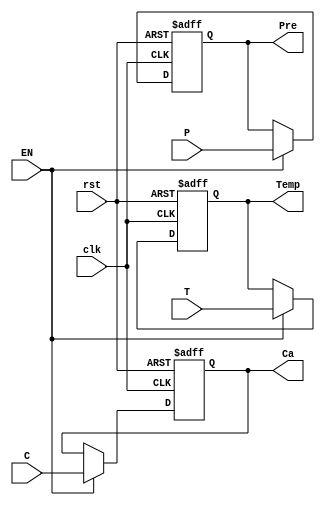
`timescale 1ns / 1ps
//////////////////////////////////////////////////////////////////////////////////
// Company: Instituto Tecnologico de Costa Rica
// 
// Design Name: 
// Module Name:    Reg_In 
// Project Name: 
// Target Devices: 
// Tool versions: 
// Description: 
//
// Dependencies: 
//
// Revision: 
// Revision 0.01 - File Created
// Additional Comments: 
//
//////////////////////////////////////////////////////////////////////////////////
module Reg_In(input wire [4:0] T,
		input wire C,
		input wire P,
		input wire EN,
		input wire rst,
		input wire clk,
		output reg [4:0] Temp,
		output reg Ca,
		output reg Pre
    );
//BODY
always @(posedge clk or posedge rst)
begin
	if (rst) begin     //si se activa el rst todas las entradas se inicializan
		Ca <= 1'b0;
		Temp <= 5'b0;
		Pre <= 1'b0;
	end
	else if (EN) begin    //sino el enable de la maquina de estados activa la lectura de
		Ca <= C;           //las diferentes entradas
		Temp <= T;
		Pre <= P;
	end
end

endmodule